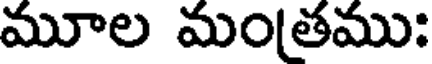
మూల మంతము: